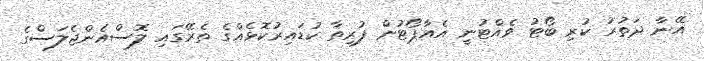
އޭނާ ދަތުރު ކުރި ބޯޓު ވެއްޓުނީ އެއާޕޯޓުން ފުރިތާ ކުޑައިރުކޮޅެއްގެ ތެރޭގައި ލޮސްއެންޖެލަސްގެ